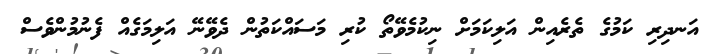
އަނދިރި ކަމުގެ ތެރެއިން އަލިކަމަށް ނިކުމެވޭތޯ ކުރި މަސައްކަތުން ދެވޭނޭ އަލިމަގެއް ފެނުމުންވެސް